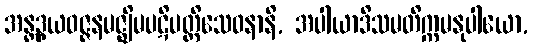
အန္တဒွယဝဇ္ဇနမဇ္ဈိမပဋိပတ္တိသေဝနာနိ, အပါယာဒိသမတိက္ကမနုပါယော,